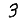
Digit: 3